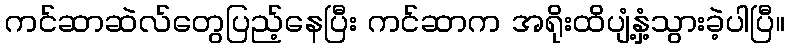
ကင်ဆာဆဲလ်တွေပြည့်နေပြီး ကင်ဆာက အရိုးထိပျံ့နှံ့သွားခဲ့ပါပြီ။